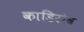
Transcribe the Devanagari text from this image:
काडिरोव